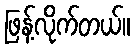
ဖြန့်လိုက်တယ်။